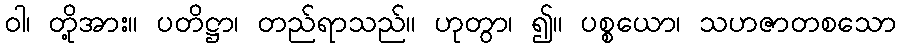
ဝါ၊ တို့အား။ ပတိဋ္ဌာ၊ တည်ရာသည်။ ဟုတွာ၊ ၍။ ပစ္စယော၊ သဟဇာတစသော